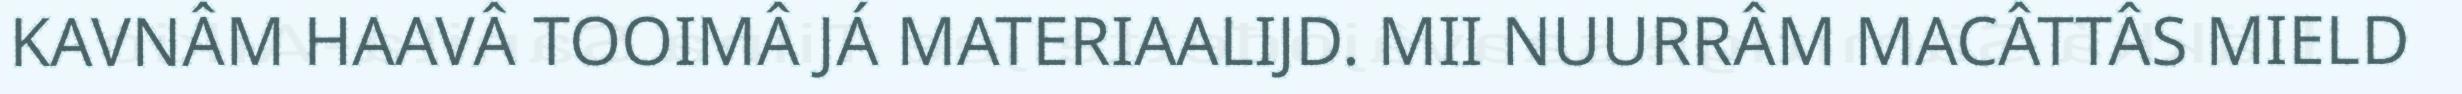
KAVNÂM HAAVÂ TOOIMÂ JÁ MATERIAALIJD. MII NUURRÂM MACÂTTÂS MIELD